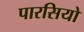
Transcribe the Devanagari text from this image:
पारसियो